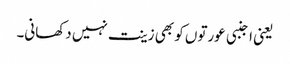
یعنی اجنبی عورتوں کو بھی زینت نہیں دکھانی۔